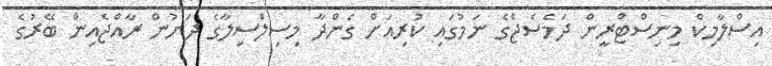
އިސްލާމިކް މިނިސްޓްރީން ދަމެސެޖްގެ ނަމުގައި ކުރިއަށް ގެންދާ މިސިލްސިލާގެ ދަށުން ރާއްޖެއިން ބޭރުގެ